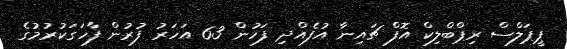
ޕީޕަލްސް ރިޕްބްލިކް އޮފް ޗައިނާ އުފެއްދި ފަހުން 63 އަހަރު ފުރުން ފާހަގަކުރުމުގެ